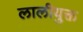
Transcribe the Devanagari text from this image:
लालीयुक्त